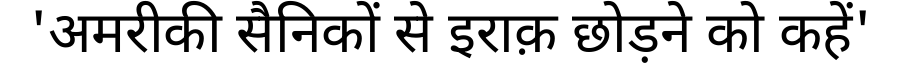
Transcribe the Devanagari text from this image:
'अमरीकी सैनिकों से इराक़ छोड़ने को कहें'